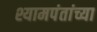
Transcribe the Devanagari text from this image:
श्यामपंतांच्या